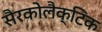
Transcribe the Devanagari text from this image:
सैरकोलैक्टिक